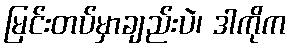
မြင်းတပ်မှာချည်းပဲ၊ ဒါကိုက